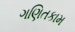
ગણિતકામ